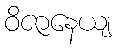
ဝိဇာနေယျ